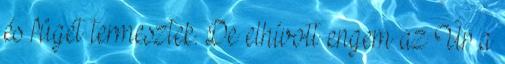
és fügét termesztek. De elhívott engem az Úr a